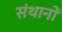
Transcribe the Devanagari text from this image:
संथानों